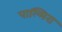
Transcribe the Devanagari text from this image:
पाल्मिरा